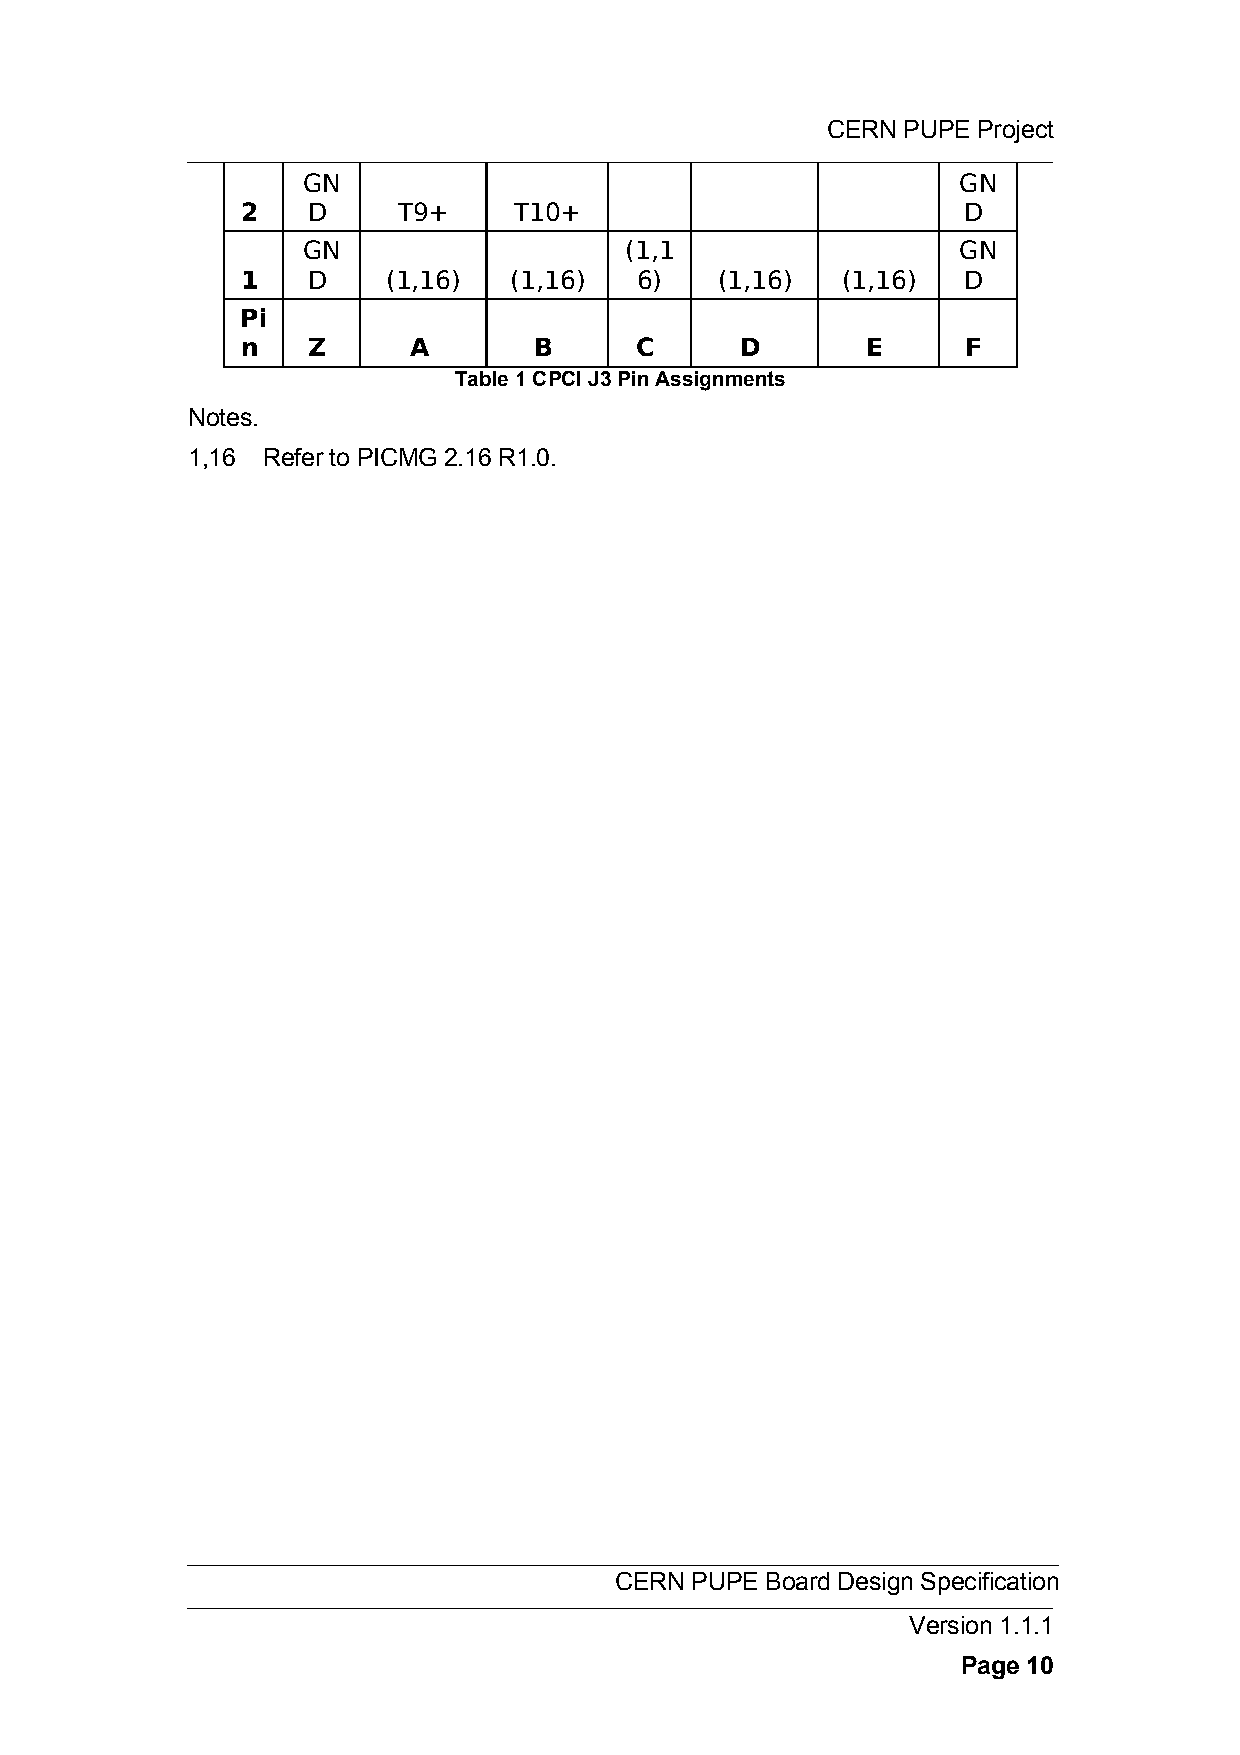
CERN PUPE Project
 GN                                         GN
 2   D     T9+     T10+                          D
 GN                   (1,1                  GN
 1   D     (1,16)  (1,16)  6)   (1,16)   (1,16)  D
 Pi
 n   Z      A       B      C      D       E      F
 Table 1 CPCI J3 Pin Assignments
 Notes.
 1,16 Refer to PICMG 2.16 R1.0.
 CERN PUPE Board Design Specification
 Version 1.1.1
 Page 10